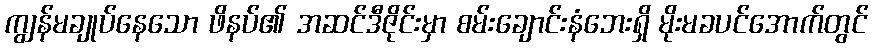
ကျွန်မချုပ်နေသော ဖိနပ်၏ အဆင်ဒီဇိုင်းမှာ စမ်းချောင်းနံဘေးရှိ မိုးမခပင်အောက်တွင်